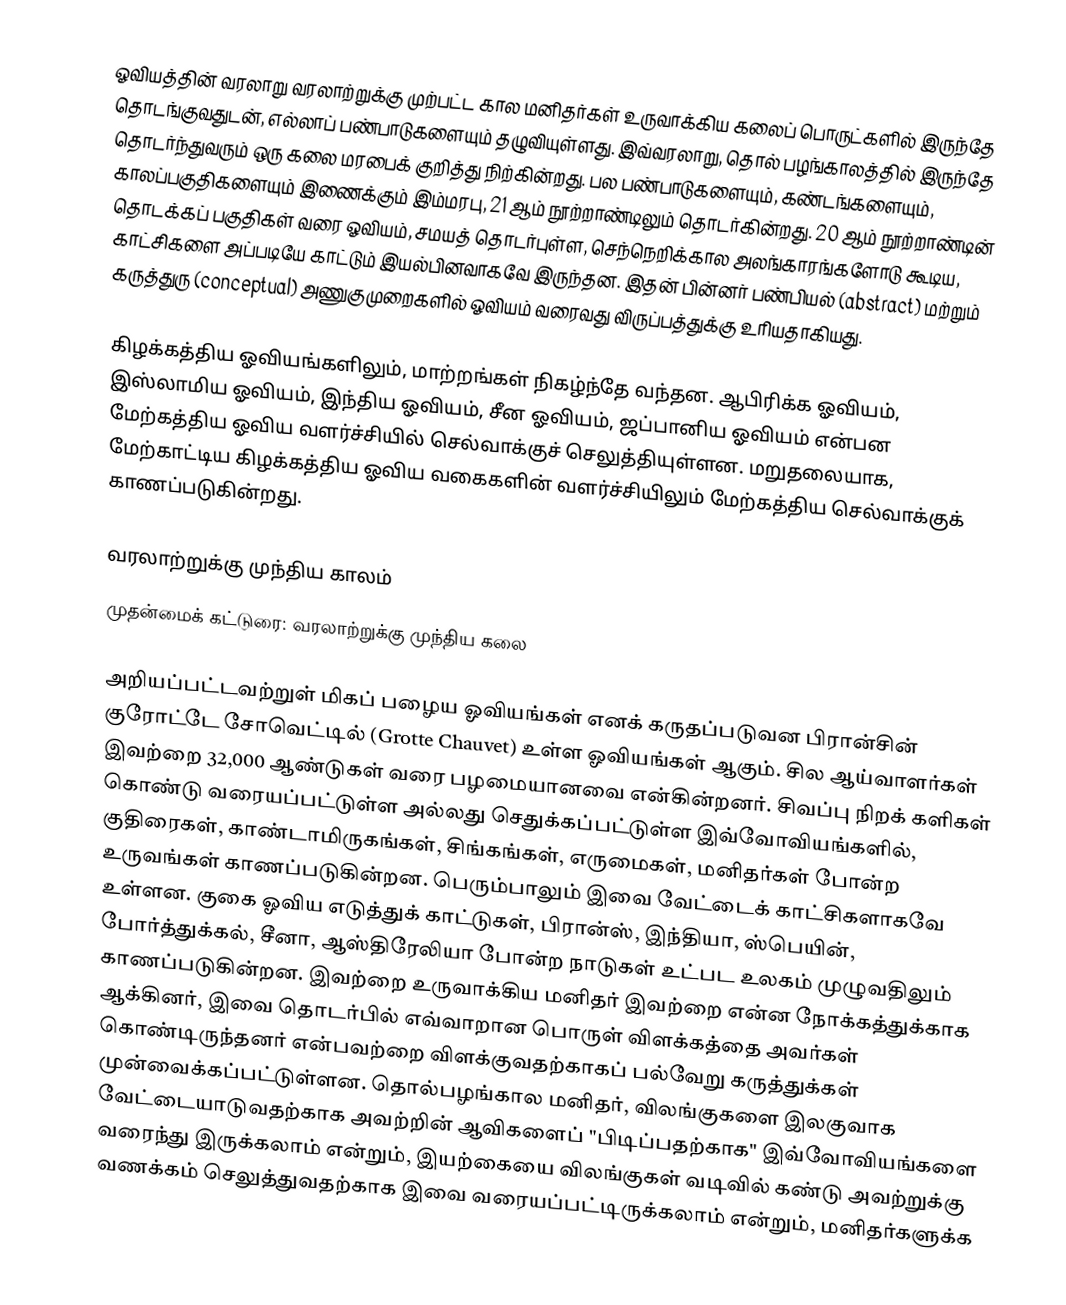
ஓவியத்தின் வரலாறு வரலாற்றுக்கு முற்பட்ட கால மனிதர்கள் உருவாக்கிய கலைப் பொருட்களில் இருந்தே தொடங்குவதுடன், எல்லாப் பண்பாடுகளையும் தழுவியுள்ளது. இவ்வரலாறு, தொல் பழங்காலத்தில் இருந்தே தொடர்ந்துவரும் ஒரு கலை மரபைக் குறித்து நிற்கின்றது. பல பண்பாடுகளையும், கண்டங்களையும், காலப்பகுதிகளையும் இணைக்கும் இம்மரபு, 21 ஆம் நூற்றாண்டிலும் தொடர்கின்றது. 20 ஆம் நூற்றாண்டின் தொடக்கப் பகுதிகள் வரை ஓவியம், சமயத் தொடர்புள்ள, செந்நெறிக்கால அலங்காரங்களோடு கூடிய, காட்சிகளை அப்படியே காட்டும் இயல்பினவாகவே இருந்தன. இதன் பின்னர் பண்பியல் (abstract) மற்றும் கருத்துரு (conceptual) அணுகுமுறைகளில் ஓவியம் வரைவது விருப்பத்துக்கு உரியதாகியது.

கிழக்கத்திய ஓவியங்களிலும், மாற்றங்கள் நிகழ்ந்தே வந்தன. ஆபிரிக்க ஓவியம், இஸ்லாமிய ஓவியம், இந்திய ஓவியம், சீன ஓவியம், ஜப்பானிய ஓவியம் என்பன மேற்கத்திய ஓவிய வளர்ச்சியில் செல்வாக்குச் செலுத்தியுள்ளன. மறுதலையாக, மேற்காட்டிய கிழக்கத்திய ஓவிய வகைகளின் வளர்ச்சியிலும் மேற்கத்திய செல்வாக்குக் காணப்படுகின்றது.

வரலாற்றுக்கு முந்திய காலம்
 முதன்மைக் கட்டுரை: வரலாற்றுக்கு முந்திய கலை

அறியப்பட்டவற்றுள் மிகப் பழைய ஓவியங்கள் எனக் கருதப்படுவன பிரான்சின் குரோட்டே சோவெட்டில் (Grotte Chauvet) உள்ள ஓவியங்கள் ஆகும். சில ஆய்வாளர்கள் இவற்றை 32,000 ஆண்டுகள் வரை பழமையானவை என்கின்றனர். சிவப்பு நிறக் களிகள் கொண்டு வரையப்பட்டுள்ள அல்லது செதுக்கப்பட்டுள்ள இவ்வோவியங்களில், குதிரைகள், காண்டாமிருகங்கள், சிங்கங்கள், எருமைகள், மனிதர்கள் போன்ற உருவங்கள் காணப்படுகின்றன. பெரும்பாலும் இவை வேட்டைக் காட்சிகளாகவே உள்ளன. குகை ஓவிய எடுத்துக் காட்டுகள், பிரான்ஸ், இந்தியா, ஸ்பெயின், போர்த்துக்கல், சீனா, ஆஸ்திரேலியா போன்ற நாடுகள் உட்பட உலகம் முழுவதிலும் காணப்படுகின்றன. இவற்றை உருவாக்கிய மனிதர் இவற்றை என்ன நோக்கத்துக்காக ஆக்கினர், இவை தொடர்பில் எவ்வாறான பொருள் விளக்கத்தை அவர்கள் கொண்டிருந்தனர் என்பவற்றை விளக்குவதற்காகப் பல்வேறு கருத்துக்கள் முன்வைக்கப்பட்டுள்ளன. தொல்பழங்கால மனிதர், விலங்குகளை இலகுவாக வேட்டையாடுவதற்காக அவற்றின் ஆவிகளைப் "பிடிப்பதற்காக" இவ்வோவியங்களை வரைந்து இருக்கலாம் என்றும், இயற்கையை விலங்குகள் வடிவில் கண்டு அவற்றுக்கு வணக்கம் செலுத்துவதற்காக இவை வரையப்பட்டிருக்கலாம் என்றும், மனிதர்களுக்க